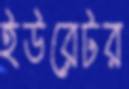
ইউরেটর